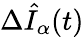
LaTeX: \Delta\hat{I}_{\alpha}(t)